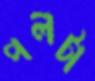
পলটা